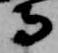
寺